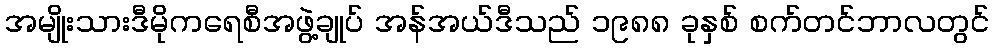
အမျိုးသားဒီမိုကရေစီအဖွဲ့ချုပ် အန်အယ်ဒီသည် ၁၉၈၈ ခုနှစ် စက်တင်ဘာလတွင်